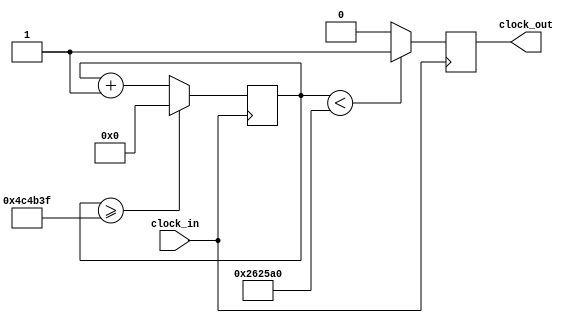
`timescale 1ns / 1ps
//////////////////////////////////////////////////////////////////////////////////
// Company: 
// Engineer: 
// 
// Design Name: 
// Module Name:    tiempo 
// Project Name: 
// Target Devices: 
// Tool versions: 
// Description: 
//
// Dependencies: 
//
// Revision: 
// Revision 0.01 - File Created
// Additional Comments: 
//
//////////////////////////////////////////////////////////////////////////////////
module Tiempo (input clock_in, output reg clock_out);

reg [27:0]  counter = 28'd0;
parameter DIVISOR = 28'd5000000;
always @(posedge clock_in)
begin
counter <= counter + 28'd1;
if (counter >=(DIVISOR-1))
counter <= 28'd0;
clock_out <= (counter<DIVISOR/2)?1'b1:1'b0;

end

endmodule